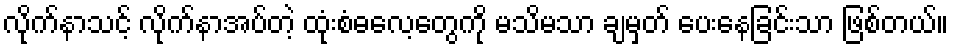
လိုက်နာသင့် လိုက်နာအပ်တဲ့ ထုံးစံဓလေ့တွေကို မသိမသာ ချမှတ် ပေးနေခြင်းသာ ဖြစ်တယ်။